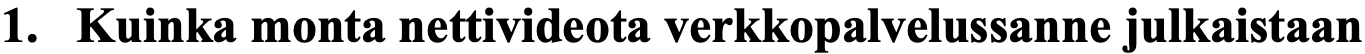
1. Kuinka monta nettivideota verkkopalvelussanne julkaistaan